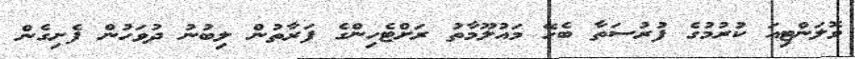
ވޮލަންޓިއަ ކުރުމުގެ ފުރުސަތާ ބެހޭ މައުލޫމާތު ރަށްޓެހިންގެ ފަރާތުން ލިބުނު ދުވަހުން ފެށިގެން